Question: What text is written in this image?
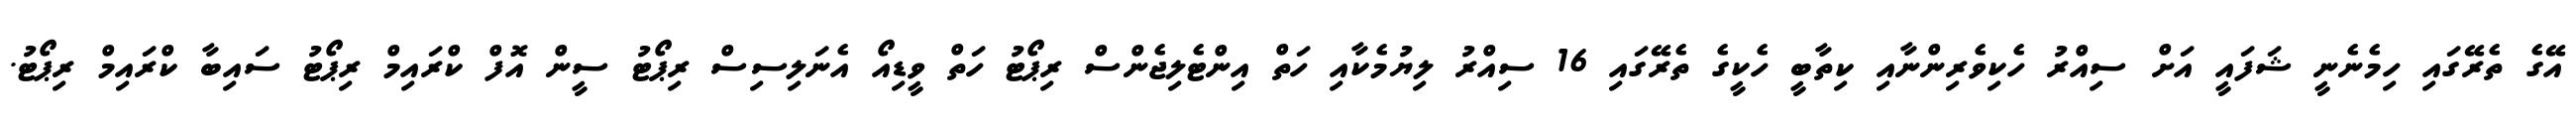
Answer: އޭގެ ތެރޭގައި ހިމެނެނީ ޝަފައީ އަށް ސިއްރު ހެކިވެރިންނާއި ކިތާބީ ހެކީގެ ތެރޭގައި 16 ސިއްރު ލިޔުމެކާއި ހަތް އިންޓެލިޖެންސް ރިޕޯޓު ހަތް ވީޑިއޯ އެނަލިސިސް ރިޕޯޓު ސީން އޮފް ކްރައިމް ރިޕޯޓު ސައިބާ ކްރައިމް ރިޕޯޓު.